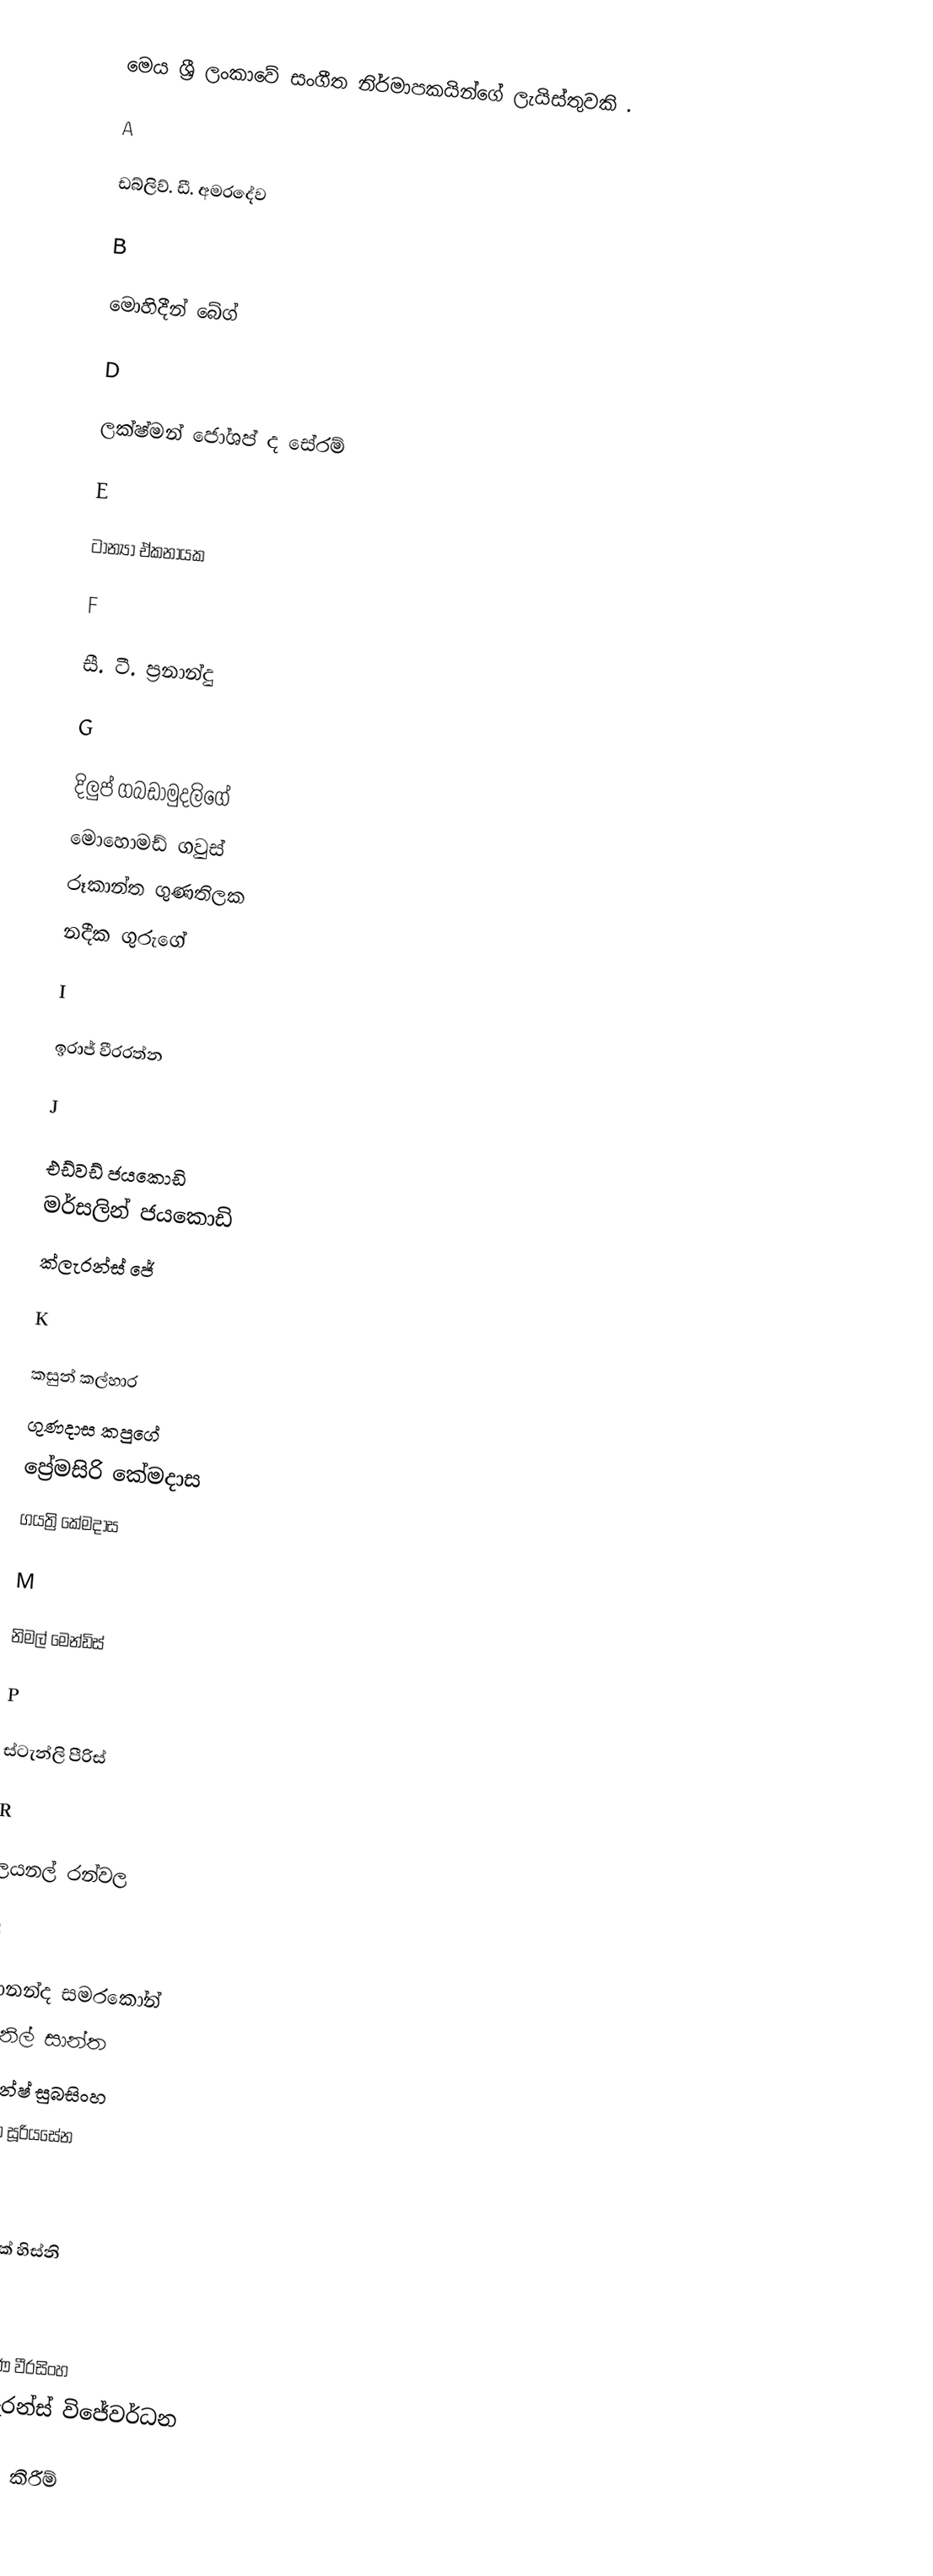
මෙය ශ්‍රී ලංකාවේ සංගීත නිර්මාපකයින්ගේ ලැයිස්තුවකි .

A

 ඩබ්ලිව්. ඩී. අමරදේව

B

 මොහිදීන් බේග්

D

 ලක්ෂ්මන් ජෝශප් ද සේරම්

E

 ටාන්‍යා ඒකනායක

F

 සී. ටී. ප්‍රනාන්දු

G

 දිලුප් ගබඩාමුදලිගේ
 මොහොමඩ් ගවුස්
 රූකාන්ත ගුණතිලක
 නදීක ගුරුගේ

I

 ඉරාජ් වීරරත්න

J

 එඩ්වඩ් ජයකොඩි
 මර්සලින් ජයකොඩි
 ක්ලැරන්ස් ජේ

K

 කසුන් කල්හාර
 ගුණදාස කපුගේ
 ප්‍රේමසිරි කේමදාස
 ගයත්‍රි කේමදාස

M

 නිමල් මෙන්ඩිස්

P

 ස්ටැන්ලි පීරිස්

R

 ලයනල් රන්වල

S

 ආනන්ද සමරකෝන්
 සුනිල් සාන්ත
 දිනේෂ් සුබසිංහ
 ප්‍රියා සූරියසේන

T

 තාරික් හිස්නි

W

 රෝහණ වීරසිංහ
 ක්ලැරන්ස් විජේවර්ධන

යොමු කිරීම්